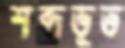
শব্দভূত